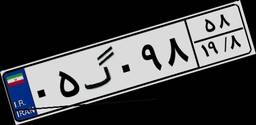
۰۵گ۰۹۸۵۸